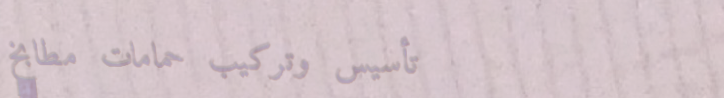
تأسيس وتركيب حمامات مطابخ